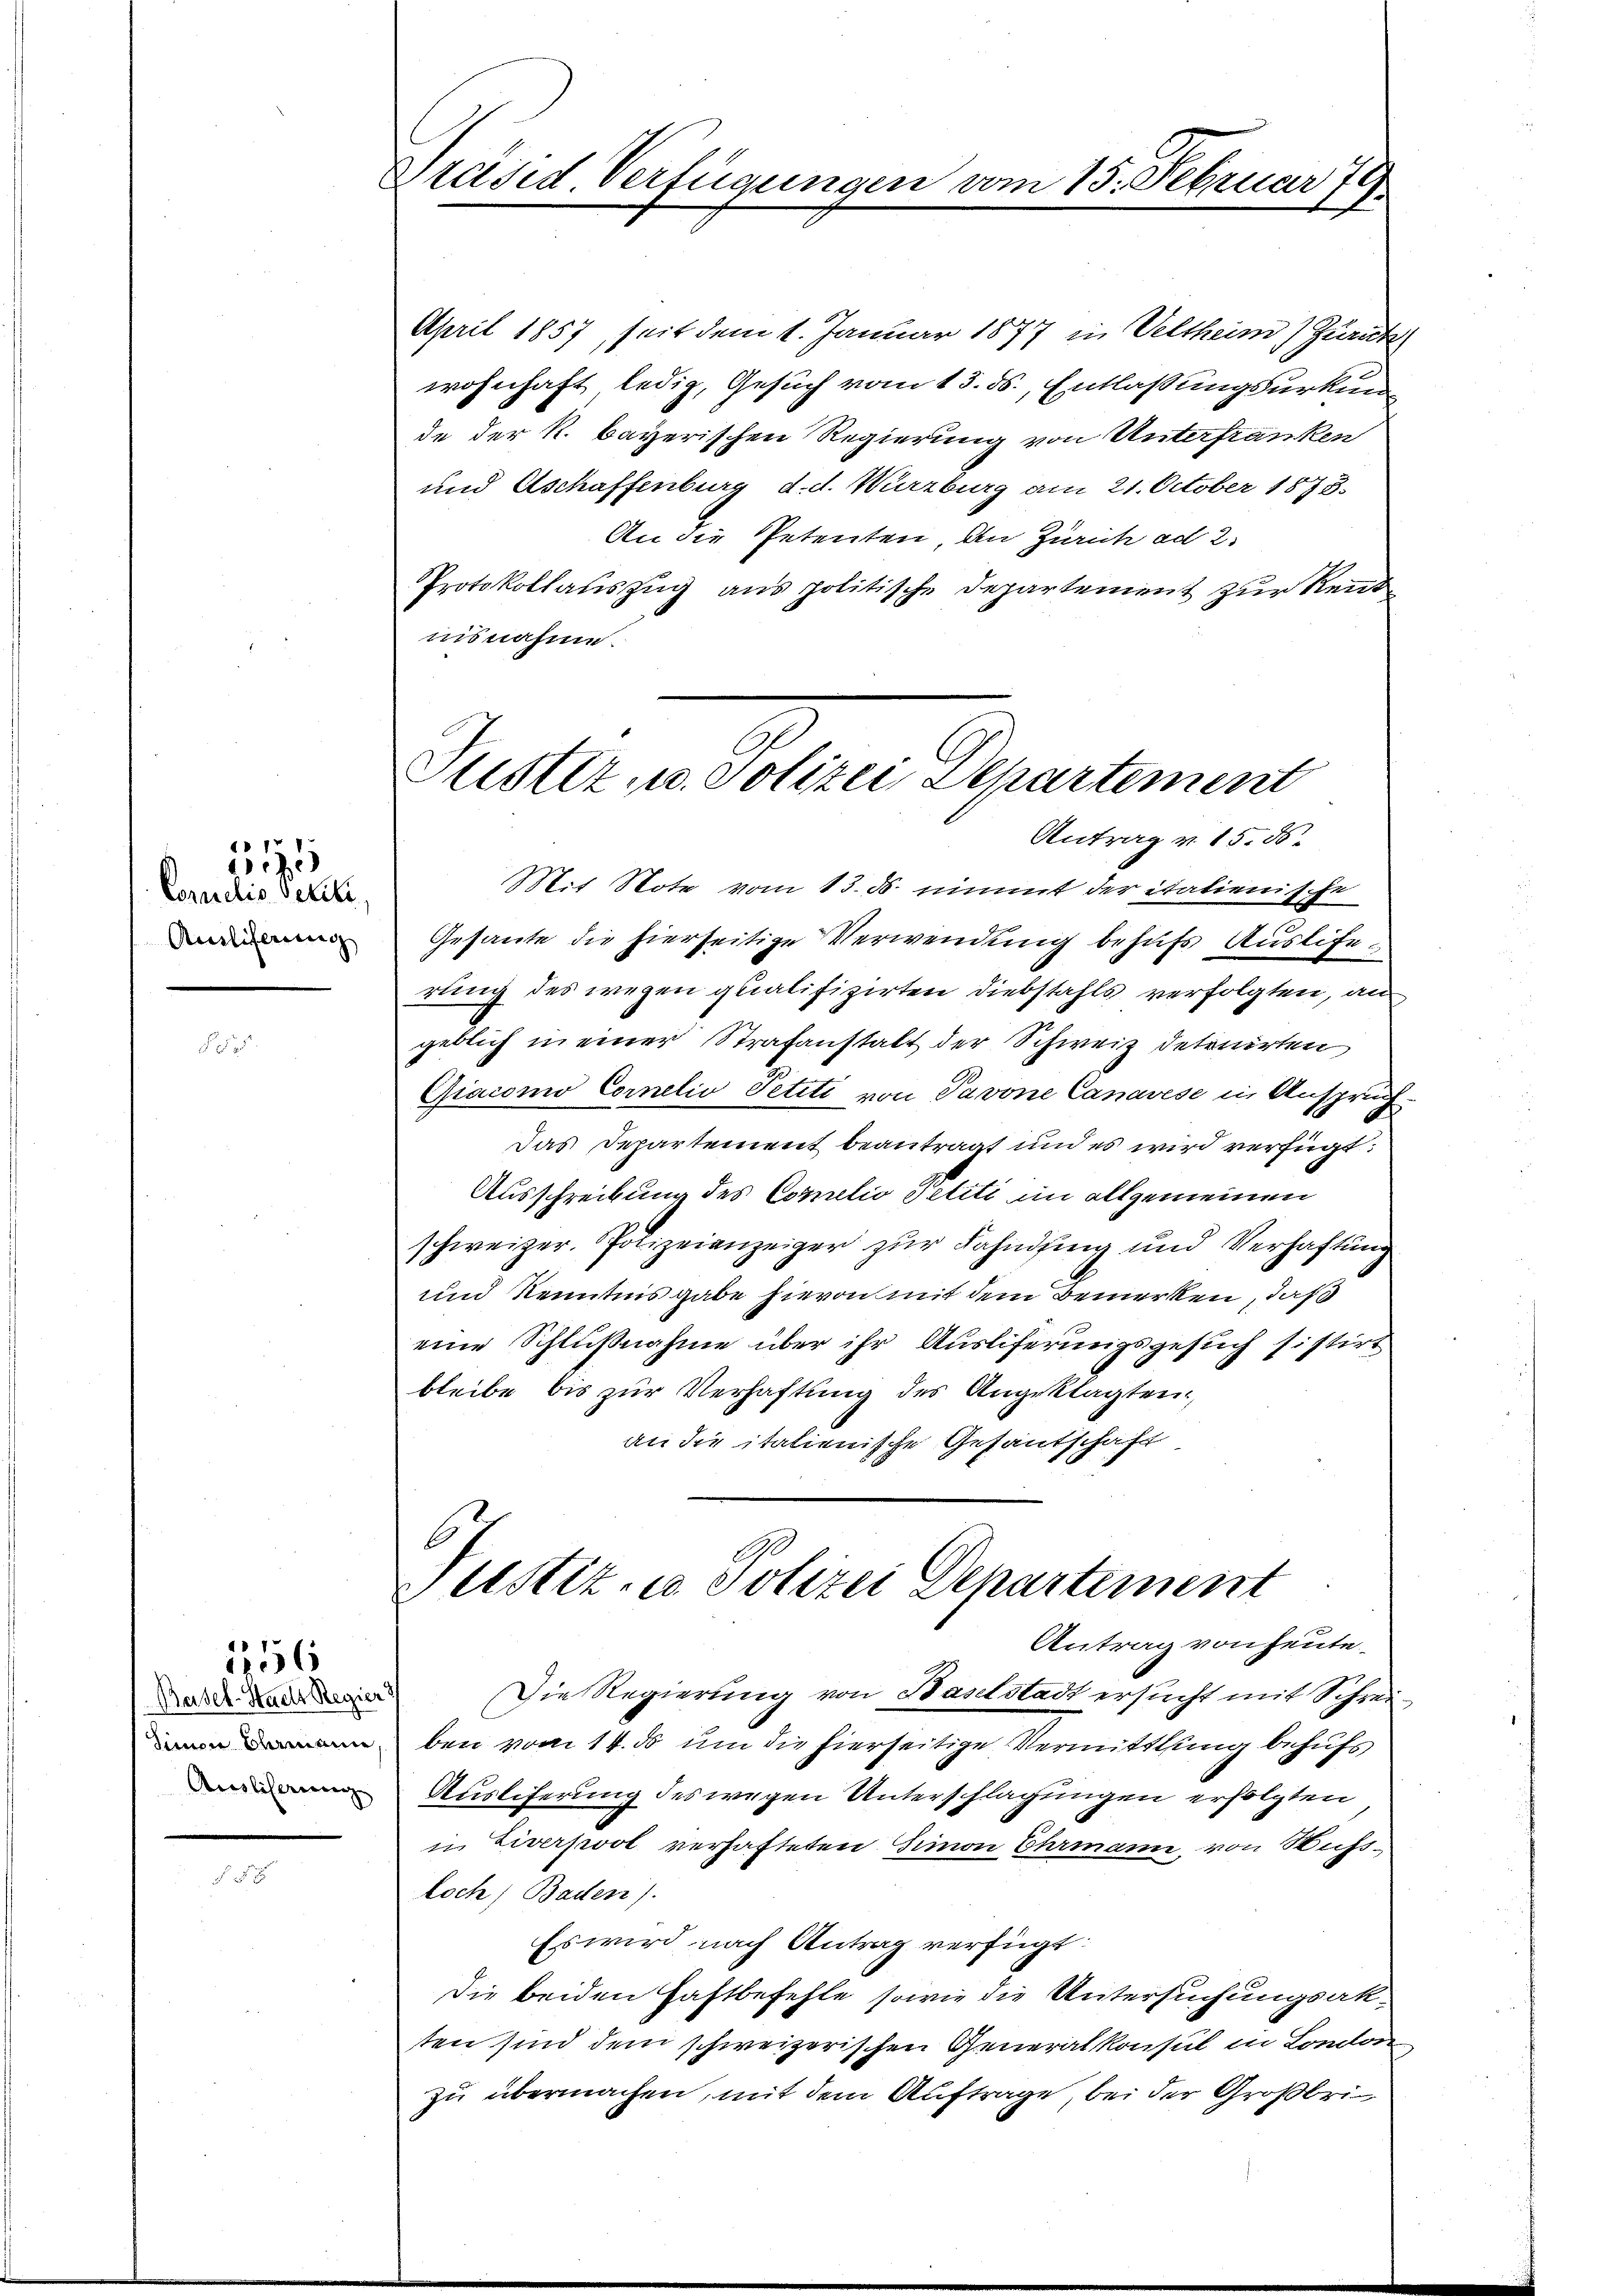
Comielis Petiti
Auslieferung

17

Basel-Stadt Regier
Simon Stammanne
Auslicherung

1856

Präsid. Verfügungen

April 1857, seit dem 1. Januar 1877 in Veltheim) Zurück.
wohnhaft, ledig, Gesuch vom 13. ds., Entlassungsurkunde der k. bayerischen Regierung von Unterfranken
und Aschaffenburg d. d. Würzburg am 21. October 1873.
An die Petenten An Zürich ad 2.
Protokollauszug aus politische Departement zur Rennt
nisnahme.
Mit Note vom 13. d. nimmt der italienische
Gesante die hierseitige Verwendung behufs Auslierung des wegen qualifizirten Diebstahls verfolgten, an
geblich in einer Strafanstalt der Schweiz detruirten
Giacomo Cornelis Petiti von Pavone Canavese in Anspruch
Das Departement beantragt und es wird verfügt:
Ausschreibung des Comelio Petiti im allgemeinen
schweizer. Polizeianzeiger zur Fahndung und Verhaftung
und Kenntnis gabe hievon mit dem Bemerken, daß
eine Schlußnahme über ihr Ausliferungsgesuch sistirt
bleibe bis zur Verhaftung des Angeklagten,
an die italienische Gesandschaft
C.
Justiz- u Polizei Departement
Antrag von heute
Die Regierung von Baselstadt ersucht mit Schreiben vom 14. ds um die hierseitige Vermittlung behufs
Auslieferung des wegen Unterschlagungen erfolgten
in Liverpool verhafteten Simon Ehrmann, von Nußsloch, Baden).
Es wird nach Antrag verfügt:
Die beiden Haftbefehle, sowie die Untersuchungsakten sind dem schweizerischen Generalkonsul in London
zu übermachen, mit dem Auftrage, bei der Großbri¬

vom 15. Februar 79

Justiz- u. Polizei Departement
Antrag v. 15. ds.

h